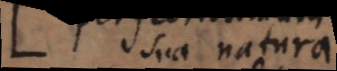
sua natura